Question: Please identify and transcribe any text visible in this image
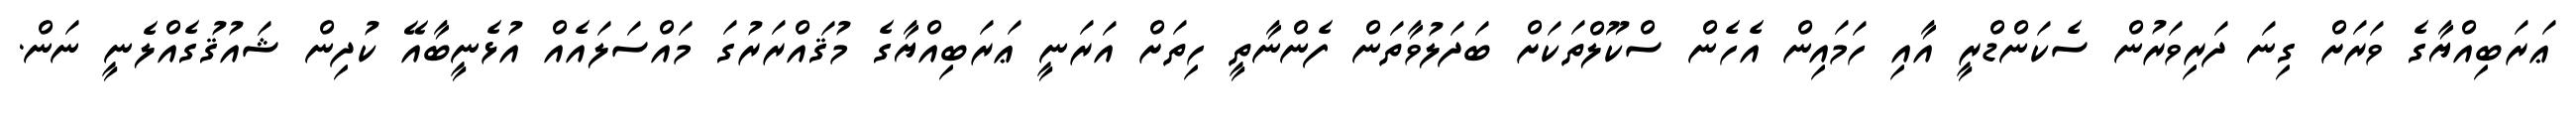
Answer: ޢަރަބިއްޔާގެ ވަރަށް ގިނަ ދަރިވަރުން ސެކަންޑްރީ އާއި ހަމައިން އެހެން ސްކޫލްތަކަށް ބަދަލުވާތަން ފެންނާތީ ހިތަށް އަރަނީ ޢަރަބިއްޔާގެ މުޤައްރަރުގަ މައްސަލައެއް އުޅެނީބާއޭ ކުދިން ޝައުޤުގެއްލެނީ ނަން.